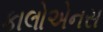
કાલોએનસ